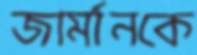
জার্মানকে